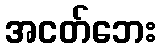
အငတ်ဘေး